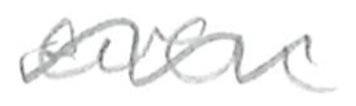
Text: even
Cross-out: wave
Writing tool: pencil